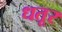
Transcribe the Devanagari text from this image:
धतूर